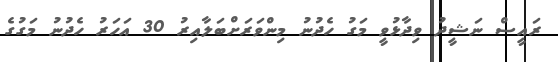
ރައީސް ނަޝީދު ވިދާޅުވީ މަގު ހެދުނު މިންވަރަށްބަލާއިރު 30 އަހަރު ހެދުނު މަގުގެ